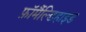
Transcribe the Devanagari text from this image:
फ़ॉर्मैल्डिहाइड